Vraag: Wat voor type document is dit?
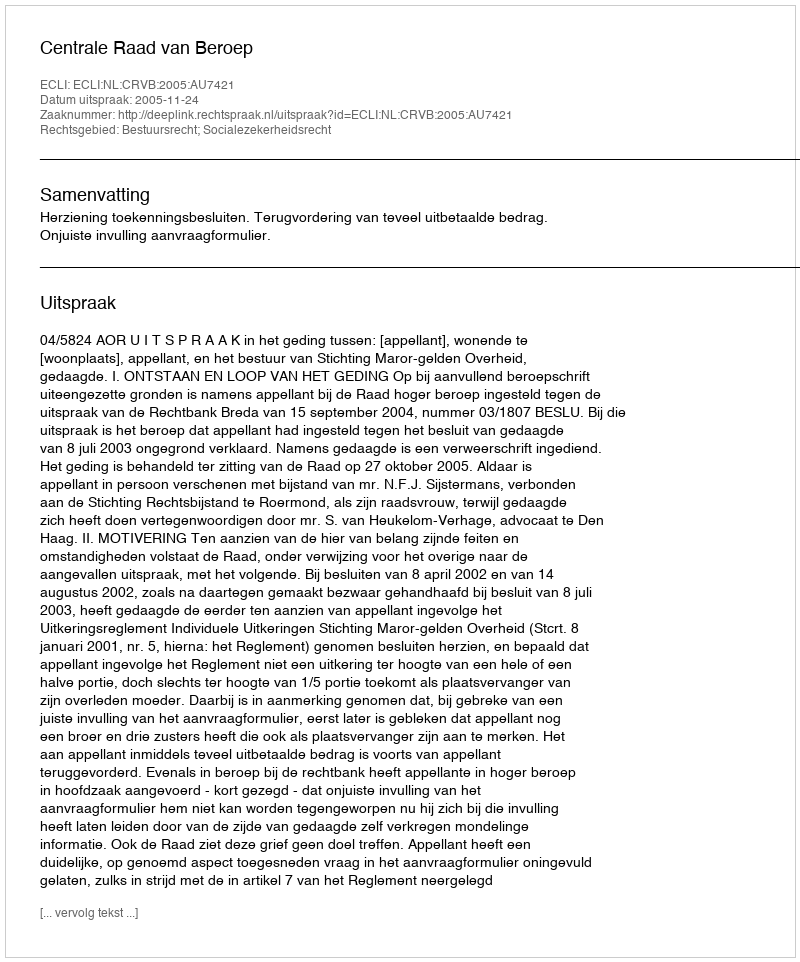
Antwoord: Uitspraak